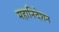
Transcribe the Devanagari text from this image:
महानिदेशन